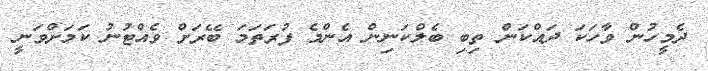
ދެމީހުން ވާހަކަ ދައްކަން ތިބި ބެލްކަނިން އެންމެ ފުރަތަމަ ބޭރަށް ވެއްޓުނު ކަމަށްވަނީ